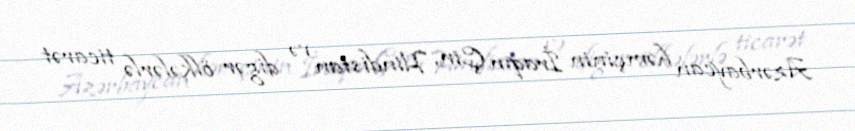
Azərbaycan həmçinin İraqın Çin, Hindistan və digər ölkələrlə ticarət